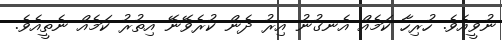
ނުވީއެވެ. ހުރިހާ ކަމެއް އެނގުނު އިރު ދެން ކުރެވޭނޭ އިތުރު ކަމެއް ނެތީއެވެ.